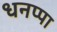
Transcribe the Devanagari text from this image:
धनप्पा